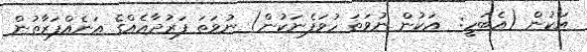
އަކުން (އެބަހީ:  އަކުން ނުވަތަ ހުވަފެނަކުން) ނުވަތަ ފަރުދާއެއްގެ އަނެއްފަރާތުން